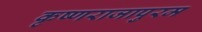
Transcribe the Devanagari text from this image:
कृष्णराजापुरम